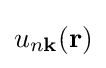
u_{n\mathbf {k} }(\mathbf {r} )